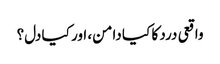
واقعی درد کا کیا دامن، اور کیا دل؟